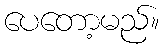
ပေတော့မည်။